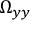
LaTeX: \Omega _ { y y }